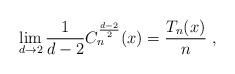
LaTeX: \begin{align*}\lim_{d\to2}\frac1{d-2}C_n^{\frac{d-2}2}(x)=\frac{T_n(x)}n \ ,\\\end{align*}